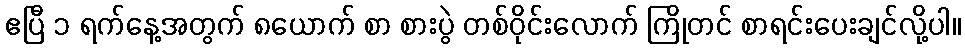
ဧပြီ ၁ ရက်နေ့အတွက် ၈ယောက် စာ စားပွဲ တစ်ဝိုင်းလောက် ကြိုတင် စာရင်းပေးချင်လို့ပါ။